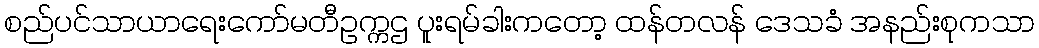
စည်ပင်သာယာရေးကော်မတီဥက္ကဌ ပူးရမ်ခါးကတော့ ထန်တလန် ဒေသခံ အနည်းစုကသာ